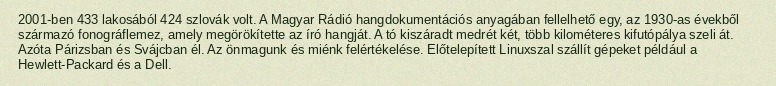
2001-ben 433 lakosából 424 szlovák volt. A Magyar Rádió hangdokumentációs anyagában fellelhető egy, az 1930-as évekből származó fonográflemez, amely megörökítette az író hangját. A tó kiszáradt medrét két, több kilométeres kifutópálya szeli át. Azóta Párizsban és Svájcban él. Az önmagunk és miénk felértékelése. Előtelepített Linuxszal szállít gépeket például a Hewlett-Packard és a Dell.